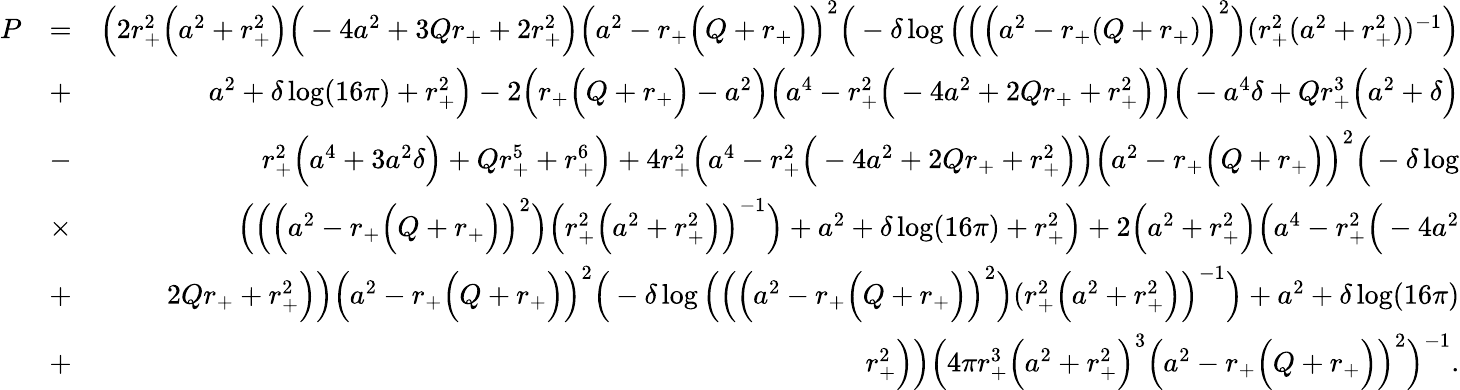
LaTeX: \begin{array}{rlr}{P}&{=}&{\Big(2r_{+}^{2}\Big(a^{2}+r_{+}^{2}\Big)\Big(-4a^{2}+3Qr_{+}+2r_{+}^{2}\Big)\Big(a^{2}-r_{+}\Big(Q+r_{+}\Big)\Big)^{2}\Big(-\delta\log\Big(\Big(\Big(a^{2}-r_{+}(Q+r_{+})\Big)^{2}\Big)(r_{+}^{2}(a^{2}+r_{+}^{2}))^{-1}\Big)}\\ &{+}&{a^{2}+\delta\log(16\pi)+r_{+}^{2}\Big)-2\Big(r_{+}\Big(Q+r_{+}\Big)-a^{2}\Big)\Big(a^{4}-r_{+}^{2}\Big(-4a^{2}+2Qr_{+}+r_{+}^{2}\Big)\Big)\Big(-a^{4}\delta+Qr_{+}^{3}\Big(a^{2}+\delta\Big)}\\ &{-}&{r_{+}^{2}\Big(a^{4}+3a^{2}\delta\Big)+Qr_{+}^{5}+r_{+}^{6}\Big)+4r_{+}^{2}\Big(a^{4}-r_{+}^{2}\Big(-4a^{2}+2Qr_{+}+r_{+}^{2}\Big)\Big)\Big(a^{2}-r_{+}\Big(Q+r_{+}\Big)\Big)^{2}\Big(-\delta\log}\\ &{\times}&{\Big(\Big(\Big(a^{2}-r_{+}\Big(Q+r_{+}\Big)\Big)^{2}\Big)\Big(r_{+}^{2}\Big(a^{2}+r_{+}^{2}\Big)\Big)^{-1}\Big)+a^{2}+\delta\log(16\pi)+r_{+}^{2}\Big)+2\Big(a^{2}+r_{+}^{2}\Big)\Big(a^{4}-r_{+}^{2}\Big(-4a^{2}}\\ &{+}&{2Qr_{+}+r_{+}^{2}\Big)\Big)\Big(a^{2}-r_{+}\Big(Q+r_{+}\Big)\Big)^{2}\Big(-\delta\log\Big(\Big(\Big(a^{2}-r_{+}\Big(Q+r_{+}\Big)\Big)^{2}\Big)(r_{+}^{2}\Big(a^{2}+r_{+}^{2}\Big)\Big)^{-1}\Big)+a^{2}+\delta\log(16\pi)}\\ &{+}&{r_{+}^{2}\Big)\Big)\Big(4\pi r_{+}^{3}\Big(a^{2}+r_{+}^{2}\Big)^{3}\Big(a^{2}-r_{+}\Big(Q+r_{+}\Big)\Big)^{2}\Big)^{-1}.}\end{array}